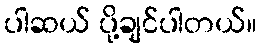
ပါဆယ် ပို့ချင်ပါတယ်။